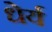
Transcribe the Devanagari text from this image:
धेर्य